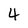
Character: 4